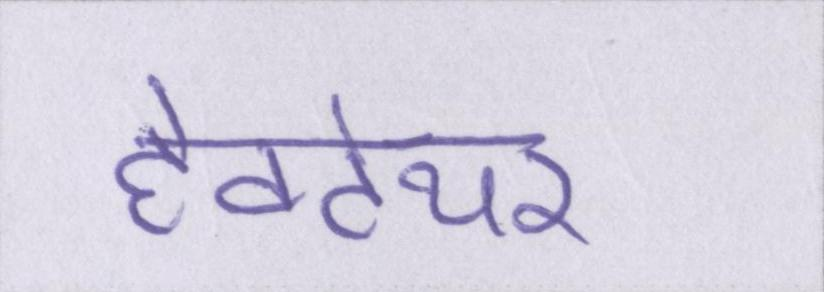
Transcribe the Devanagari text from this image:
हेक्टेयर